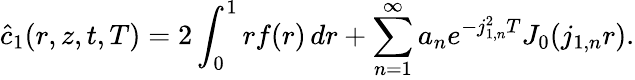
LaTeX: \hat{c}_{1}(r,z,t,T)=2\int_{0}^{1}rf(r)\, dr+\sum_{n=1}^{\infty}a_{n}e^{-j_{1,n}^{2}T}J_{0}(j_{1,n}r).